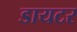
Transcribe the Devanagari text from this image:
डायटर